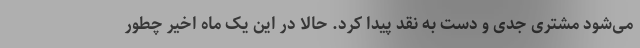
می‌شود مشتری جدی و دست به نقد پیدا کرد. حالا در این یک ماه اخیر چطور